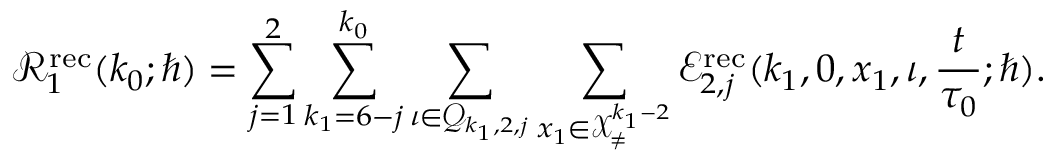
\mathcal { R } _ { 1 } ^ { \mathrm { r e c } } ( k _ { 0 } ; \hbar ) = \sum _ { j = 1 } ^ { 2 } \sum _ { k _ { 1 } = 6 - j } ^ { k _ { 0 } } \sum _ { \iota \in \mathcal { Q } _ { k _ { 1 } , 2 , j } } \sum _ { \boldsymbol { x } _ { 1 } \in \mathcal { X } _ { \neq } ^ { k _ { 1 } - 2 } } \mathcal { E } _ { 2 , j } ^ { \mathrm { r e c } } ( k _ { 1 } , 0 , \boldsymbol { x } _ { 1 } , \iota , \frac { t } { \tau _ { 0 } } ; \hbar ) .